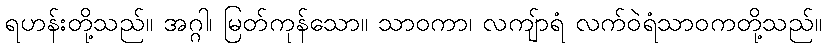
ရဟန်းတို့သည်။ အဂ္ဂါ၊ မြတ်ကုန်သော။ သာဝကာ၊ လကျ်ာရံ လက်ဝဲရံသာဝကတို့သည်။